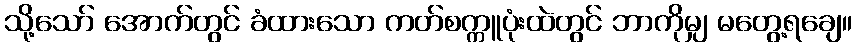
သို့သော် အောက်တွင် ခံထားသော ကတ်စက္ကူပုံးထဲတွင် ဘာကိုမျှ မတွေ့ရချေ။